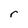
Character: r